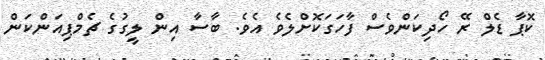
ކޮޕާ ޑެލް ރޭ ހޯދިކަންވެސް ފާހަގަކޮށްލެވެ އެވެ. ބާސާ އިން ލީގުގެ ޗެމްޕިއަންކަން